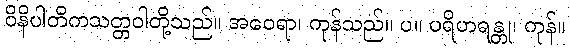
ဝိနိပါတိကသတ္တဝါတို့သည်။ အဝေရာ၊ ကုန်သည်။ ပ။ ပရိဟရန္တု၊ ကုန်။